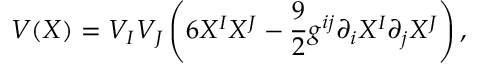
V ( X ) = V _ { I } V _ { J } \left( 6 X ^ { I } X ^ { J } - { \frac { 9 } { 2 } } { g } ^ { i j } \partial _ { i } X ^ { I } \partial _ { j } X ^ { J } \right) ,